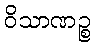
ဝိသာဏဉ္စ